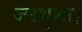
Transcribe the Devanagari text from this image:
जरथुश्त।